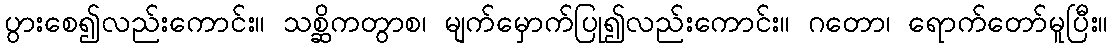
ပွားစေ၍လည်းကောင်း။ သစ္ဆိကတွာစ၊ မျက်မှောက်ပြု၍လည်းကောင်း။ ဂတော၊ ရောက်တော်မူပြီး။